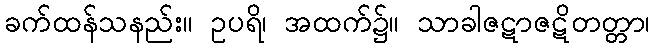
ခက်ထန်သနည်း။ ဥပရိ၊ အထက်၌။ သာခါဇဋာဇဋိတတ္တာ၊